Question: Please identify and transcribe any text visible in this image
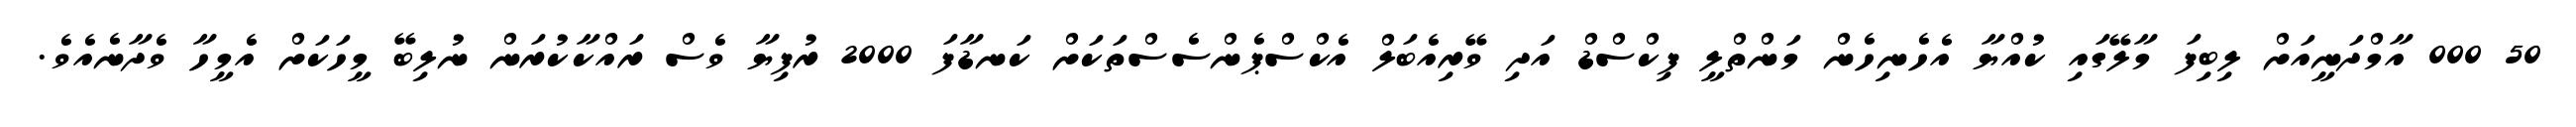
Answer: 50 000 އާމްދަނީއަށް ލިބިފަ މާލޭގައި ކުއްޔާ އެހެނިހެން މަންތްލީ ފިކްސްޑް އަދި ވޭރިއެބަލް އެކްސްޕެންސެސްތަކަށް ކަނޑާފަ 2000 ރުފިޔާ ވެސް ރައްކާކުރަން ނުލިބޭ މީހަކަށް އެމީހާ ވެދާނެއެވެ.